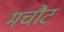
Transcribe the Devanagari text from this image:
मचौट